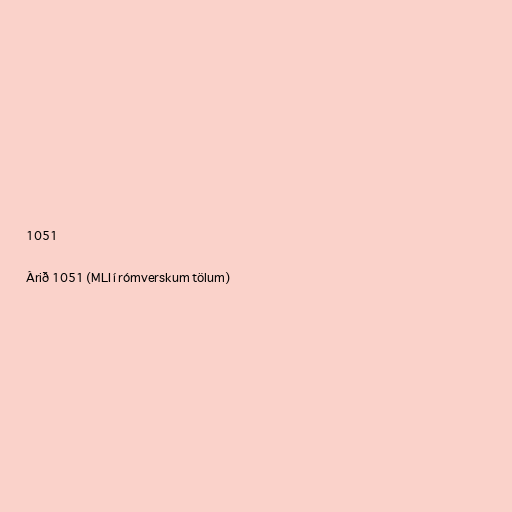
1051

Árið 1051 (MLI í rómverskum tölum)